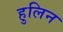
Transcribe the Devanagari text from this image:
हुलिन